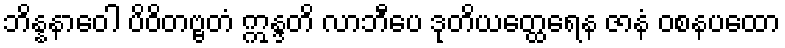
ဘိန္နနာဝေါ ပိဝိတဗ္ဗတံ ဣန္ဒတိ လာဘီပေ ဒုတိယတ္ထေရေန ဇာနံ ဝစနပထော